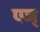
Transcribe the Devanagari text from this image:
एज्